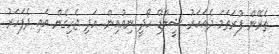
ތެރޭން ފުރަތަމަ ދެއަހަރު ޝީލްޑް ހޯދީ ނިއުއިން. އަދި ޖެހިގެން އައި ދެފަހަރު